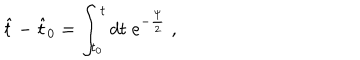
LaTeX: \hat { t } - \hat { t } _ { 0 } = \int _ { t _ { 0 } } ^ { t } d t \; e ^ { - \frac { \psi } { 2 } } \; ,